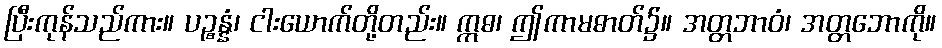
ပြီးကုန်သည်ကား။ ပဉ္စန္နံ၊ ငါးယောက်တို့တည်း။ ဣဓ၊ ဤကာမဓာတ်၌။ အတ္တဘာဝံ၊ အတ္တဘောကို။